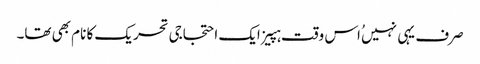
صرف یہی نہیں ُاس وقت ہپیز ایک احتجاجی تحریک کا نام بھی تھا۔